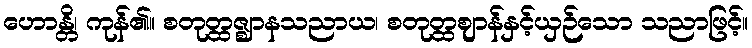
ဟောန္တိ၊ ကုန်၏။ စတုတ္ထဇ္ဈာနသညာယ၊ စတုတ္ထဈာန်နှင့်ယှဉ်သော သညာဖြင့်။